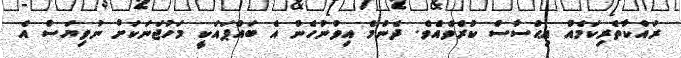
ރައްކާތެރިކަމެއް އިޙްސާސް ކުރެވެއެވެ. ދެންމެ އިވުނުހެން އެ ބައްޕައަކީ މަހުޖަނަކަށް ނުވިޔަސް އެ